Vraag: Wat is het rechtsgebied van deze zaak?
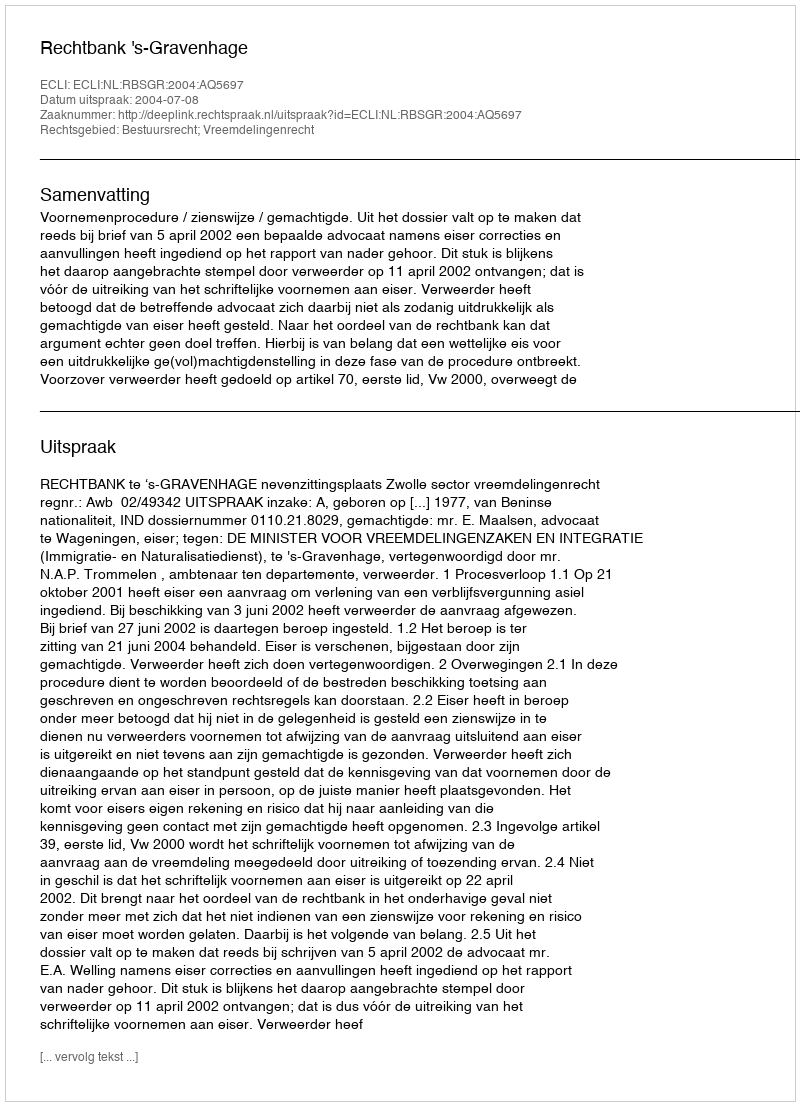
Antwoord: Bestuursrecht; Vreemdelingenrecht